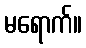
မရောက်။